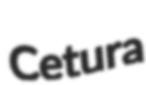
Cetura